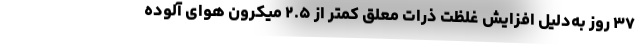
۳۷ روز به‌دلیل افزایش غلظت ذرات معلق کمتر از ۲.۵ میکرون هوای آلوده